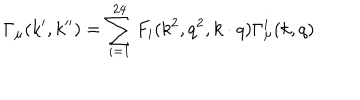
\Gamma _ { \mu } ( k ^ { \prime } , k ^ { \prime \prime } ) = \sum _ { i = 1 } ^ { 2 4 } F _ { i } ( k ^ { 2 } , q ^ { 2 } , k \cdot q ) \Gamma _ { \mu } ^ { i } ( k , q )